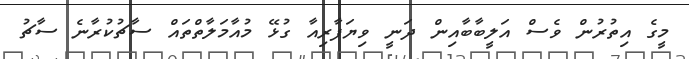
މީގެ އިތުރުން ވެސް އަލީބާބާއިން ދަނީ ވިޔަފާރިއާ ގުޅޭ މުއާމަލާތްތައް ސާޗުކުރާނެ ސާޗު